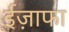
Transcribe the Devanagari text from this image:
ईज़ाफा